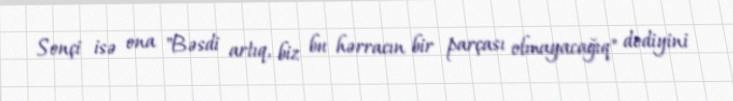
Sonçi isə ona "Bəsdi artıq, biz bu hərracın bir parçası olmayacağıq" dediyini